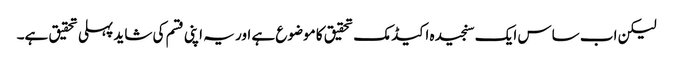
لیکن اب ساس ایک سنجیدہ اکیڈمک تحقیق کا موضوع ہے اور یہ اپنی قسم کی شاید پہلی تحقیق ہے۔